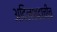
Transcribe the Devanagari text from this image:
अदिलशहाचीच